Loodushoiu_ja_Turismi_Instituut, lk 271
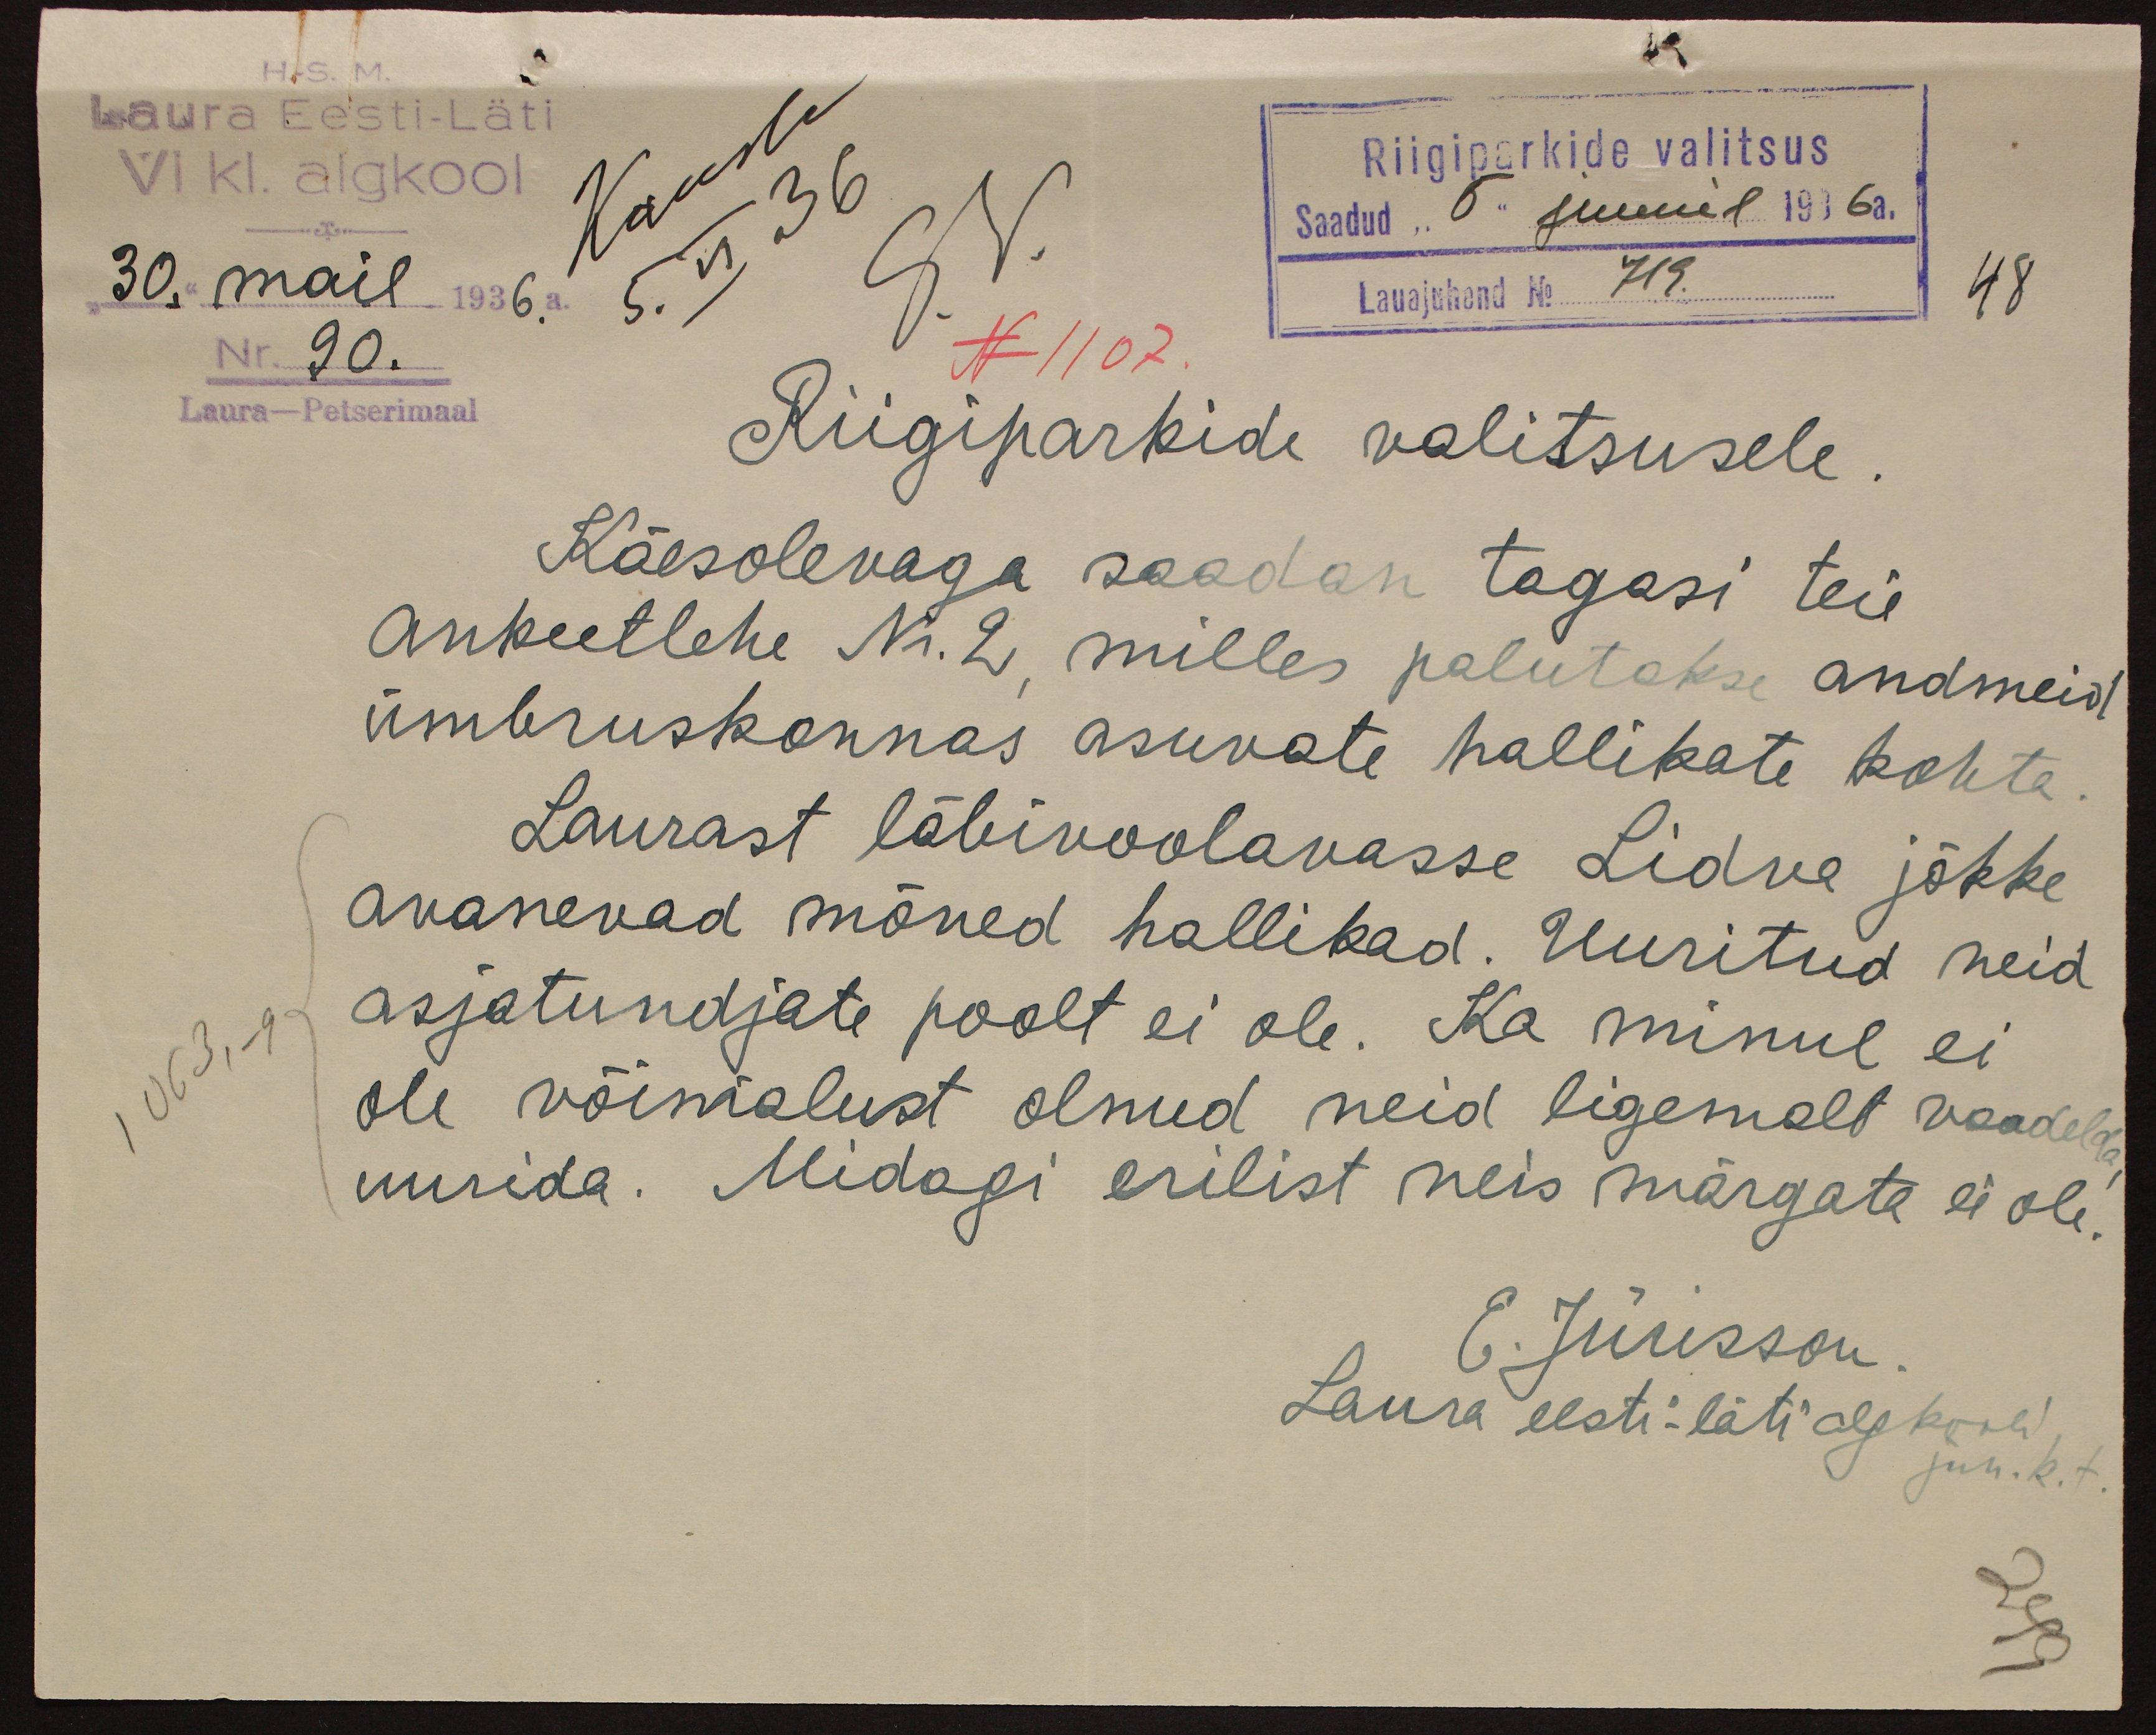
H.-S. M.
Laura Eesti-Läti
VI kl. algkool
Kausta
Riigiparkide valitsus
5 VI 36
30. mail 1936
Saadud "5" juunil 1936 a.
Lauajuhend No 719.
48
Nr. 90.
N 1107
Riigiparkide valitsusele.
Laura-Petserimaal
Käesolevaga saadan tagasi teie
Ankeetlehe Nr. 2, milles palutakse andmeid
ümbruskonnas asuvate hallikate kohta
Laurast läbivoolavasse Lidva jõkke
avanevad mõned hallikad. Uuritud neid
1063,-9
asjatundjate poolt ei ole. Ka minul ei
ole võimalust olnud neid ligemalt vaadeda,
uurida. Midagi erilist neis märgata ei ole.
E. Jürisson.
Laura eesti-läti algkooli
juh. k. t.